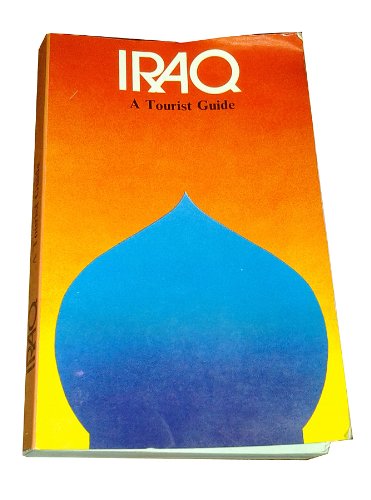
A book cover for Iraq: A Tourist Guide; State Organization for Tourism; Travel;